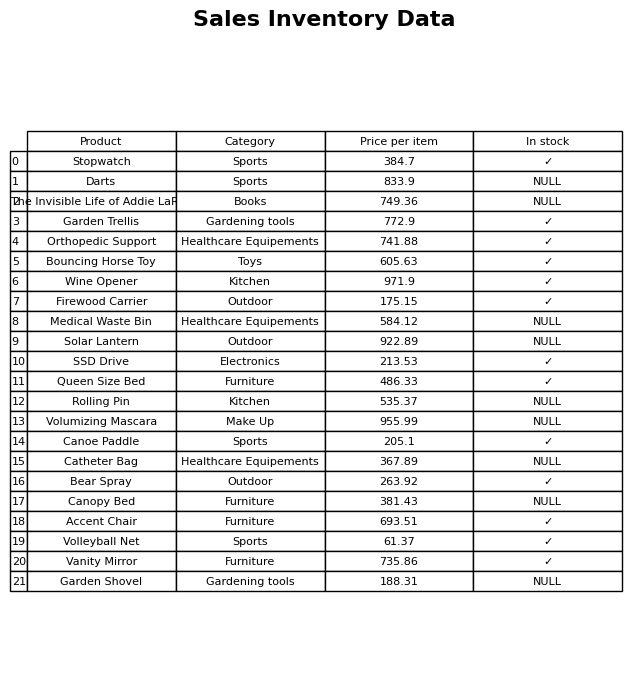
question: What is the price of the Queen Size Bed?
answer: The price of Queen Size Bed is 486.33.